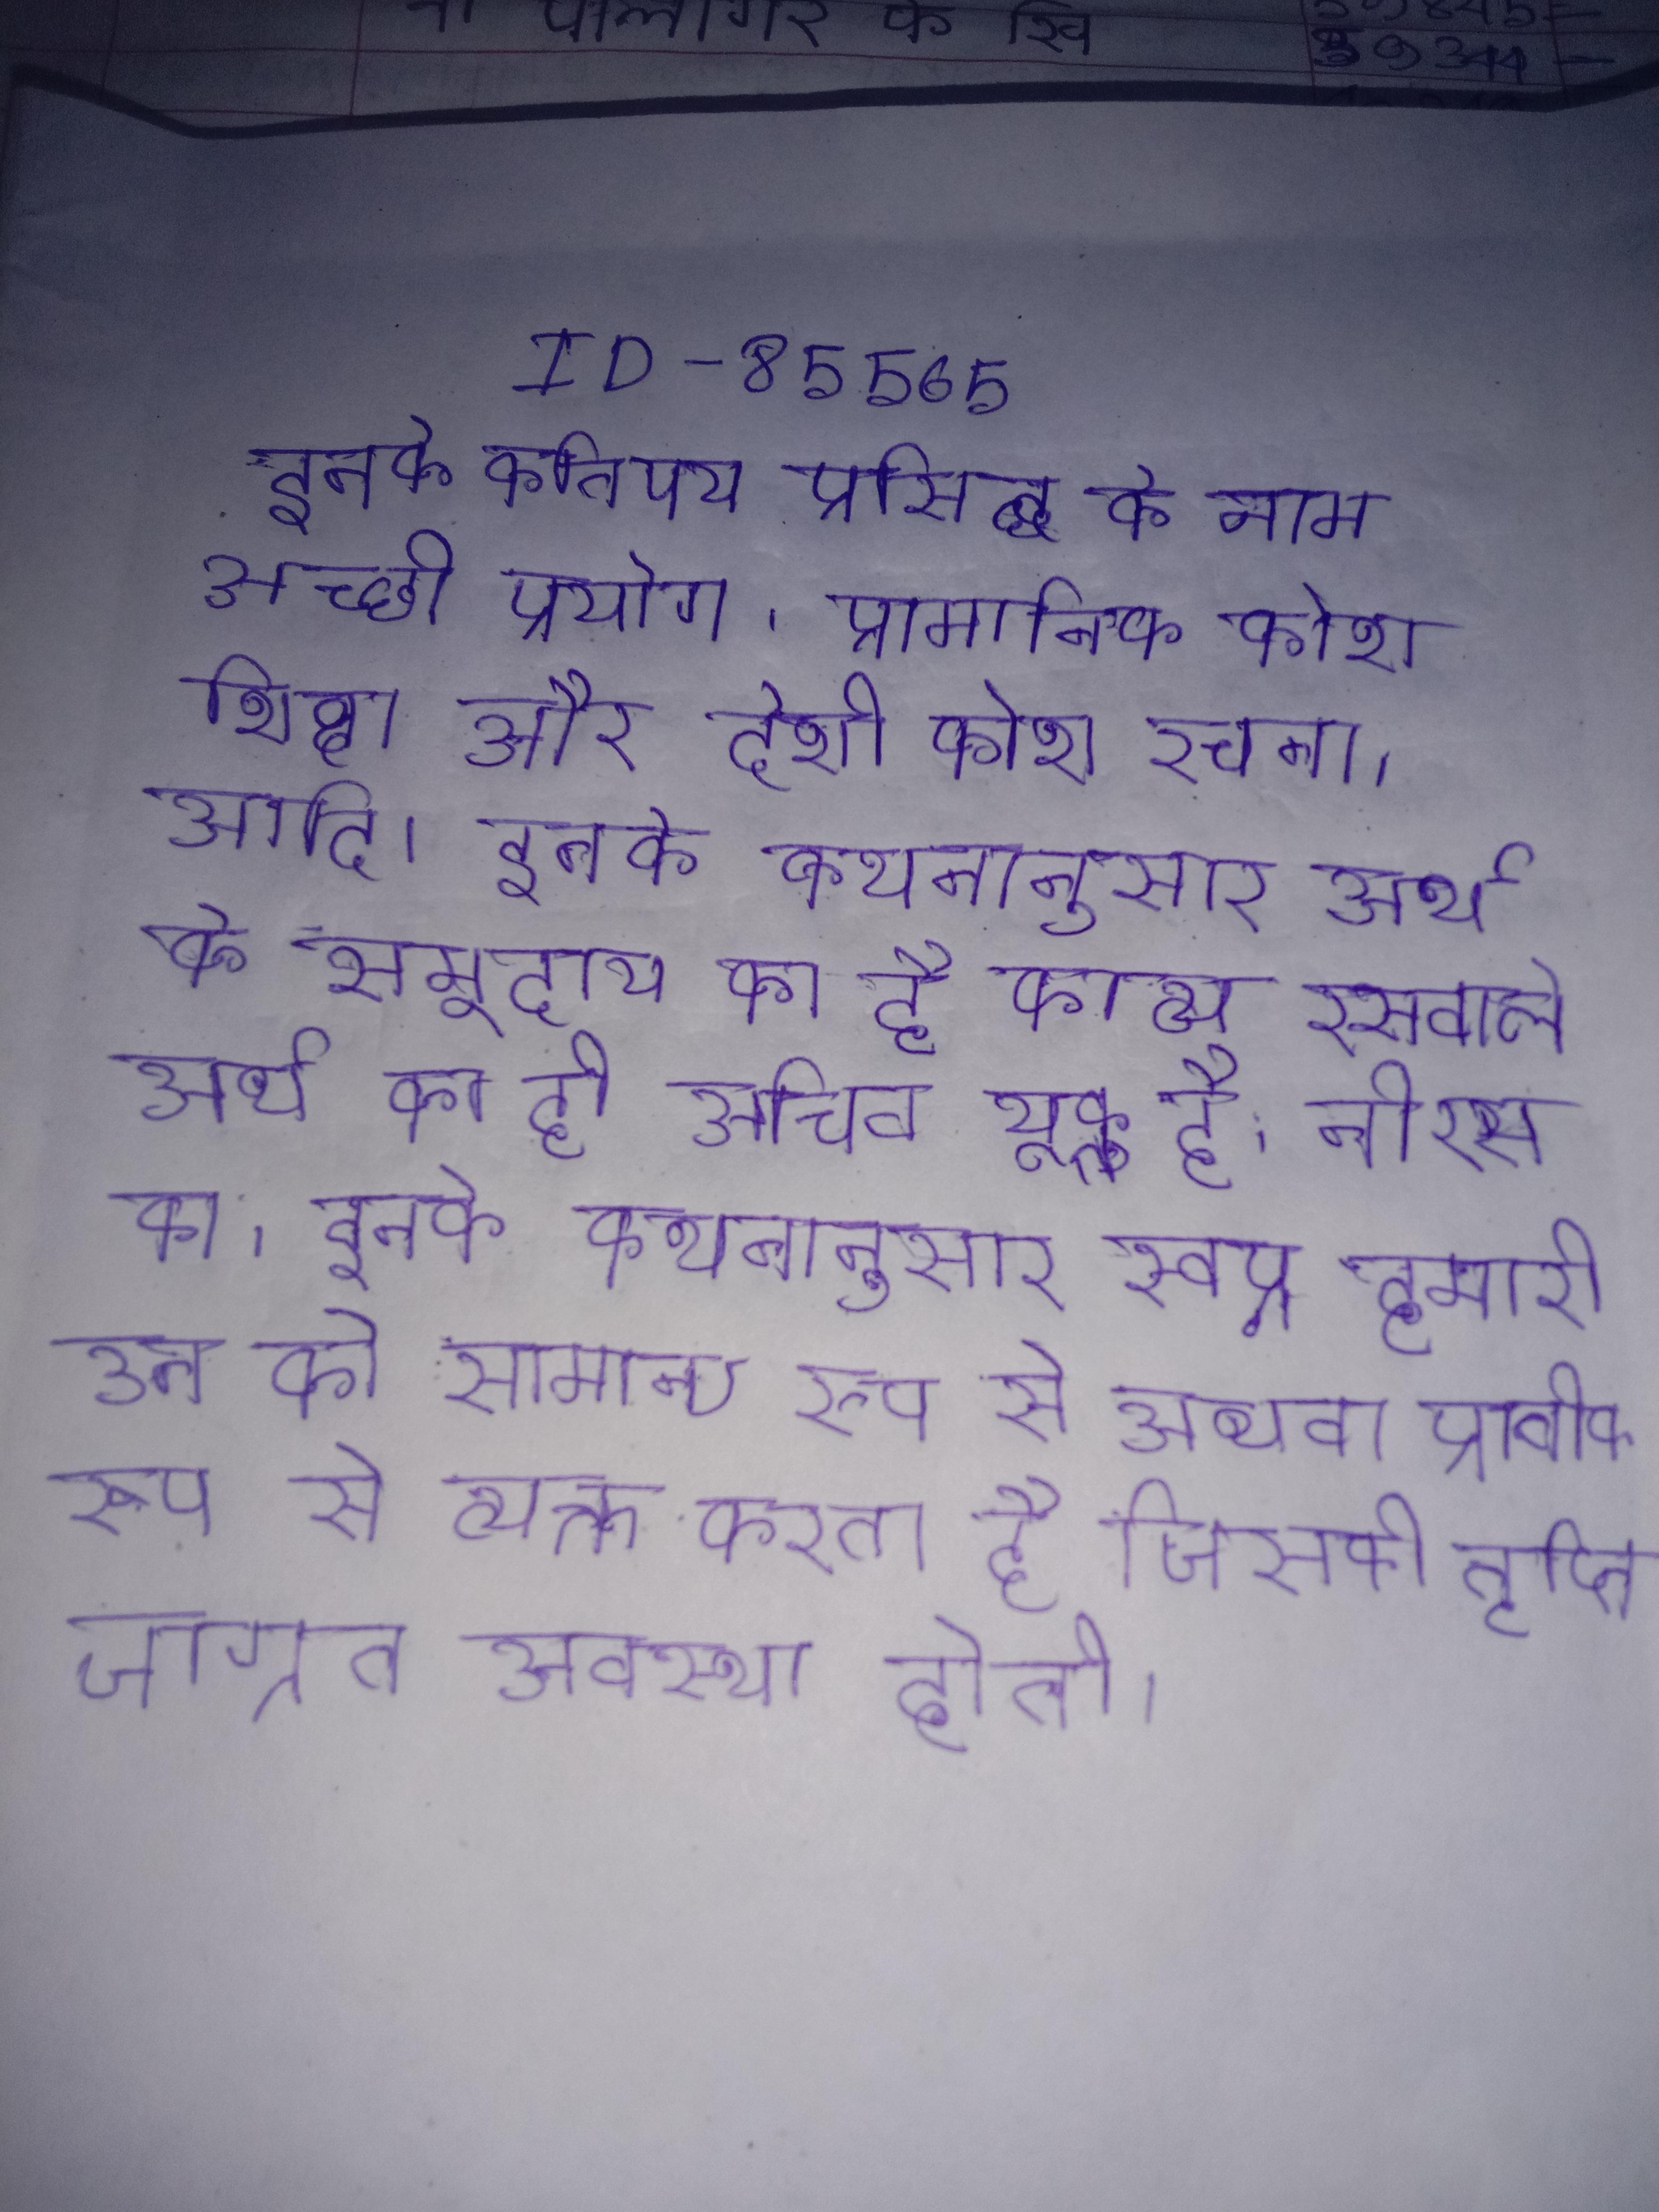
इनके कतिपय प्रसिद्ध के नाम अच्छी प्रयोग, प्रामाणिक कोश, शिक्षा और देशी कोश रचना, आदि । इनके कथनानुसार अर्थ के समुदाय का है, काव्य रसवाले अर्थ का ही उचित युक्त है, नीरस का । इनके कथनानुसार स्वप्न हमारी उन को सामान्य रूप से अथवा प्रतीक रूप से व्यक्त करता है जिसकी तृप्ति जाग्रत अवस्था होती ।